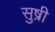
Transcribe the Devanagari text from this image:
सुष्री